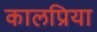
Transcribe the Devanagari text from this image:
कालप्रिया